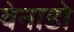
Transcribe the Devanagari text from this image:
वेनाडो